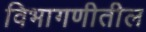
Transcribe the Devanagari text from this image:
विभागणीतील